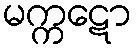
မက္ကဋော